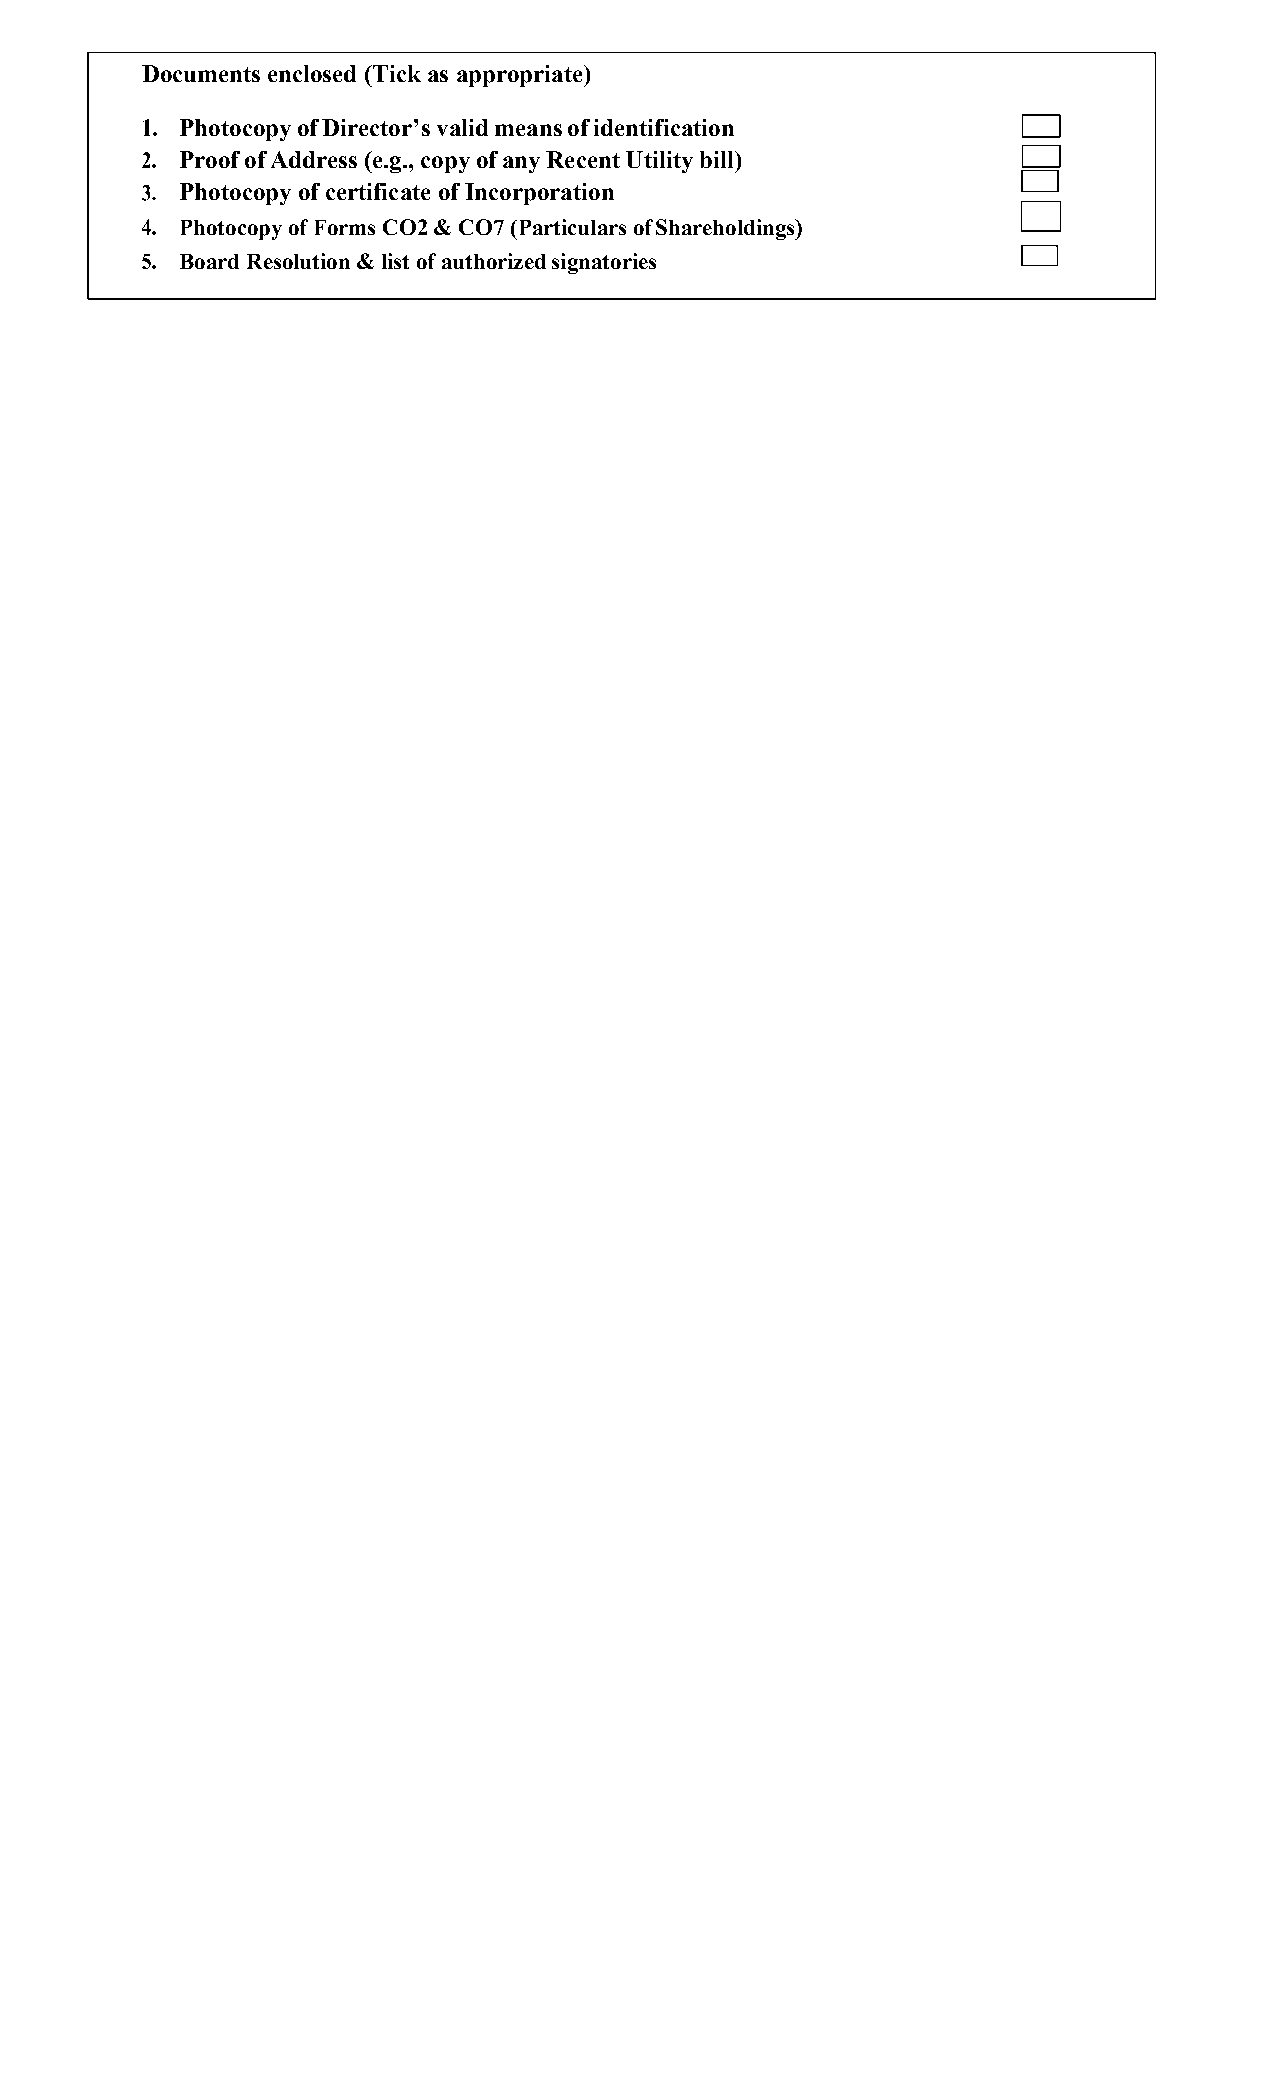
Documents enclosed (Tick as appropriate)
 Photocopy of Director’s valid means of identification
 Proof of Address (e.g., copy of any Recent Utility bill)
 Photocopy of certificate of Incorporation
 Photocopy of Forms CO2 & CO7 (Particulars of Shareholdings)
 Board Resolution & list of authorized signatories